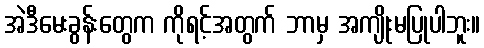
အဲဒီမေးခွန်းတွေက ကိုရင့်အတွက် ဘာမှ အကျိုးမပြုပါဘူး။